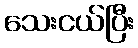
သေးငယ်ပြီး